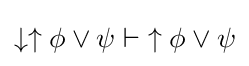
{\downarrow \uparrow \phi \lor \psi }\vdash {\uparrow \phi \lor \psi }